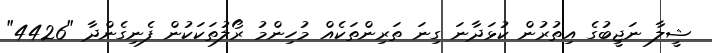
ޝީލާ ނަޖީބުގެ އިތުރުން ކުޅަދާނަ ގިނަ ތަރިންތަކެއް މުހިންމު ރޯލުތަކަކުން ފެނިގެންދާ "4426"